Vaccination in Bombay 1924-1928 - 1924-1928
Year: 1924
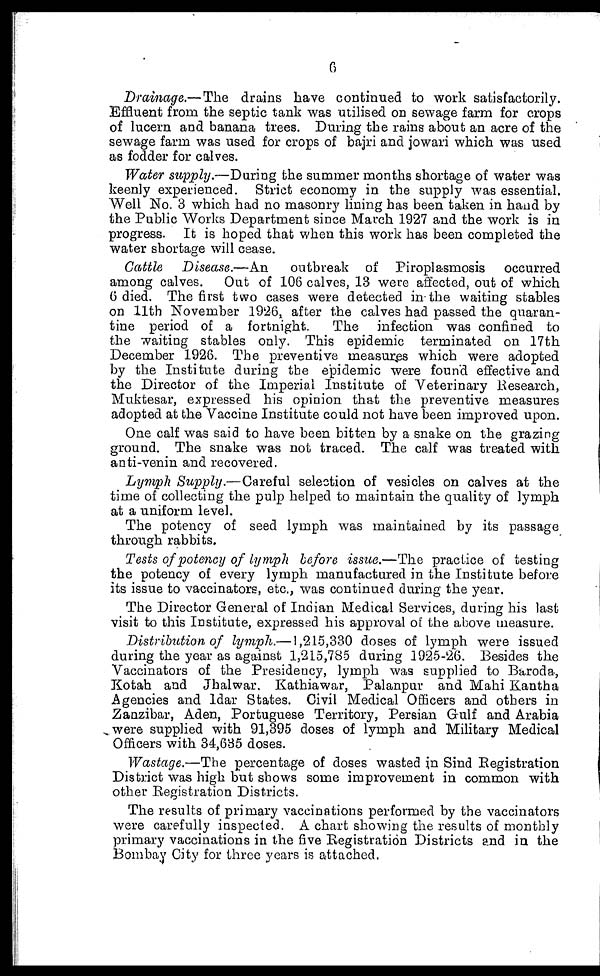
6
Drainage.—The drains have continued to work satisfactorily.
Effluent from the septic tank was utilised on sewage farm for crops
of lucern and banana trees. During the rains about an acre of the
sewage farm was used for crops of bajri and jowari which was used
as fodder for calves.
Water supply.—During the summer months shortage of water was
keenly experienced. Strict economy in the supply was essential.
Well No. 3 which had no masonry lining has been taken in hand by
the Public Works Department since March 1927 and the work is in
progress. It is hoped that when this work has been completed the
water shortage will cease.
Cattle Disease.—An
outbreak of Piroplasmosis occurred
among calves. Out of 106 calves, 13 were affected, out of which
6 died. The first two cases were detected in the waiting stables
on 11th November 1926, after the calves had passed the quaran-
tine period of a fortnight.
The infection was confined to
the waiting stables only. This epidemic terminated on 17th
December 1926. The preventive measures which were adopted
by the Institute during the epidemic were found effective and
the Director of the Imperial Institute of Veterinary Research,
Muktesar, expressed his opinion that the preventive measures
adopted at the Vaccine Institute could not have been improved upon.
One calf was said to have been bitten by a snake on the grazing
ground. The snake was not traced. The calf was treated with
anti-venin and recovered.
Lymph Supply.—Careful selection of vesicles on calves at the
time of collecting the pulp helped to maintain the quality of lymph
at a uniform level.
The potency of seed lymph was maintained by its passage
through rabbits.
Tests of potency of lymph before issue.—The practice of testing
the potency of every lymph manufactured in the Institute before
its issue to vaccinators, etc., was continued during the year.
The Director General of Indian Medical Services, during his last
visit to this Institute, expressed his approval of the above measure.
Distribution of lymph.—1,215,330 doses of lymph were issued
during the year as against 1,215,785 during 1925-26. Besides the
Vaccinators of the Presidency, lymph was supplied to Baroda,
Kotah and Jhalwar. Kathiawar, Palanpur and Mahi Kantha
Agencies and Idar States. Civil Medical Officers and others in
Zanzibar, Aden, Portuguese Territory, Persian Gulf and Arabia
were supplied with 91,395 doses of lymph and Military Medical
Officers with 34,635 doses.
Wastage.—The percentage of doses wasted in Sind Registration
District was high but shows some improvement in common with
other Registration Districts.
The results of primary vaccinations performed by the vaccinators
were carefully inspected. A chart showing the results of monthly
primary vaccinations in the five Registration Districts and in the
Bombay City for three years is attached.